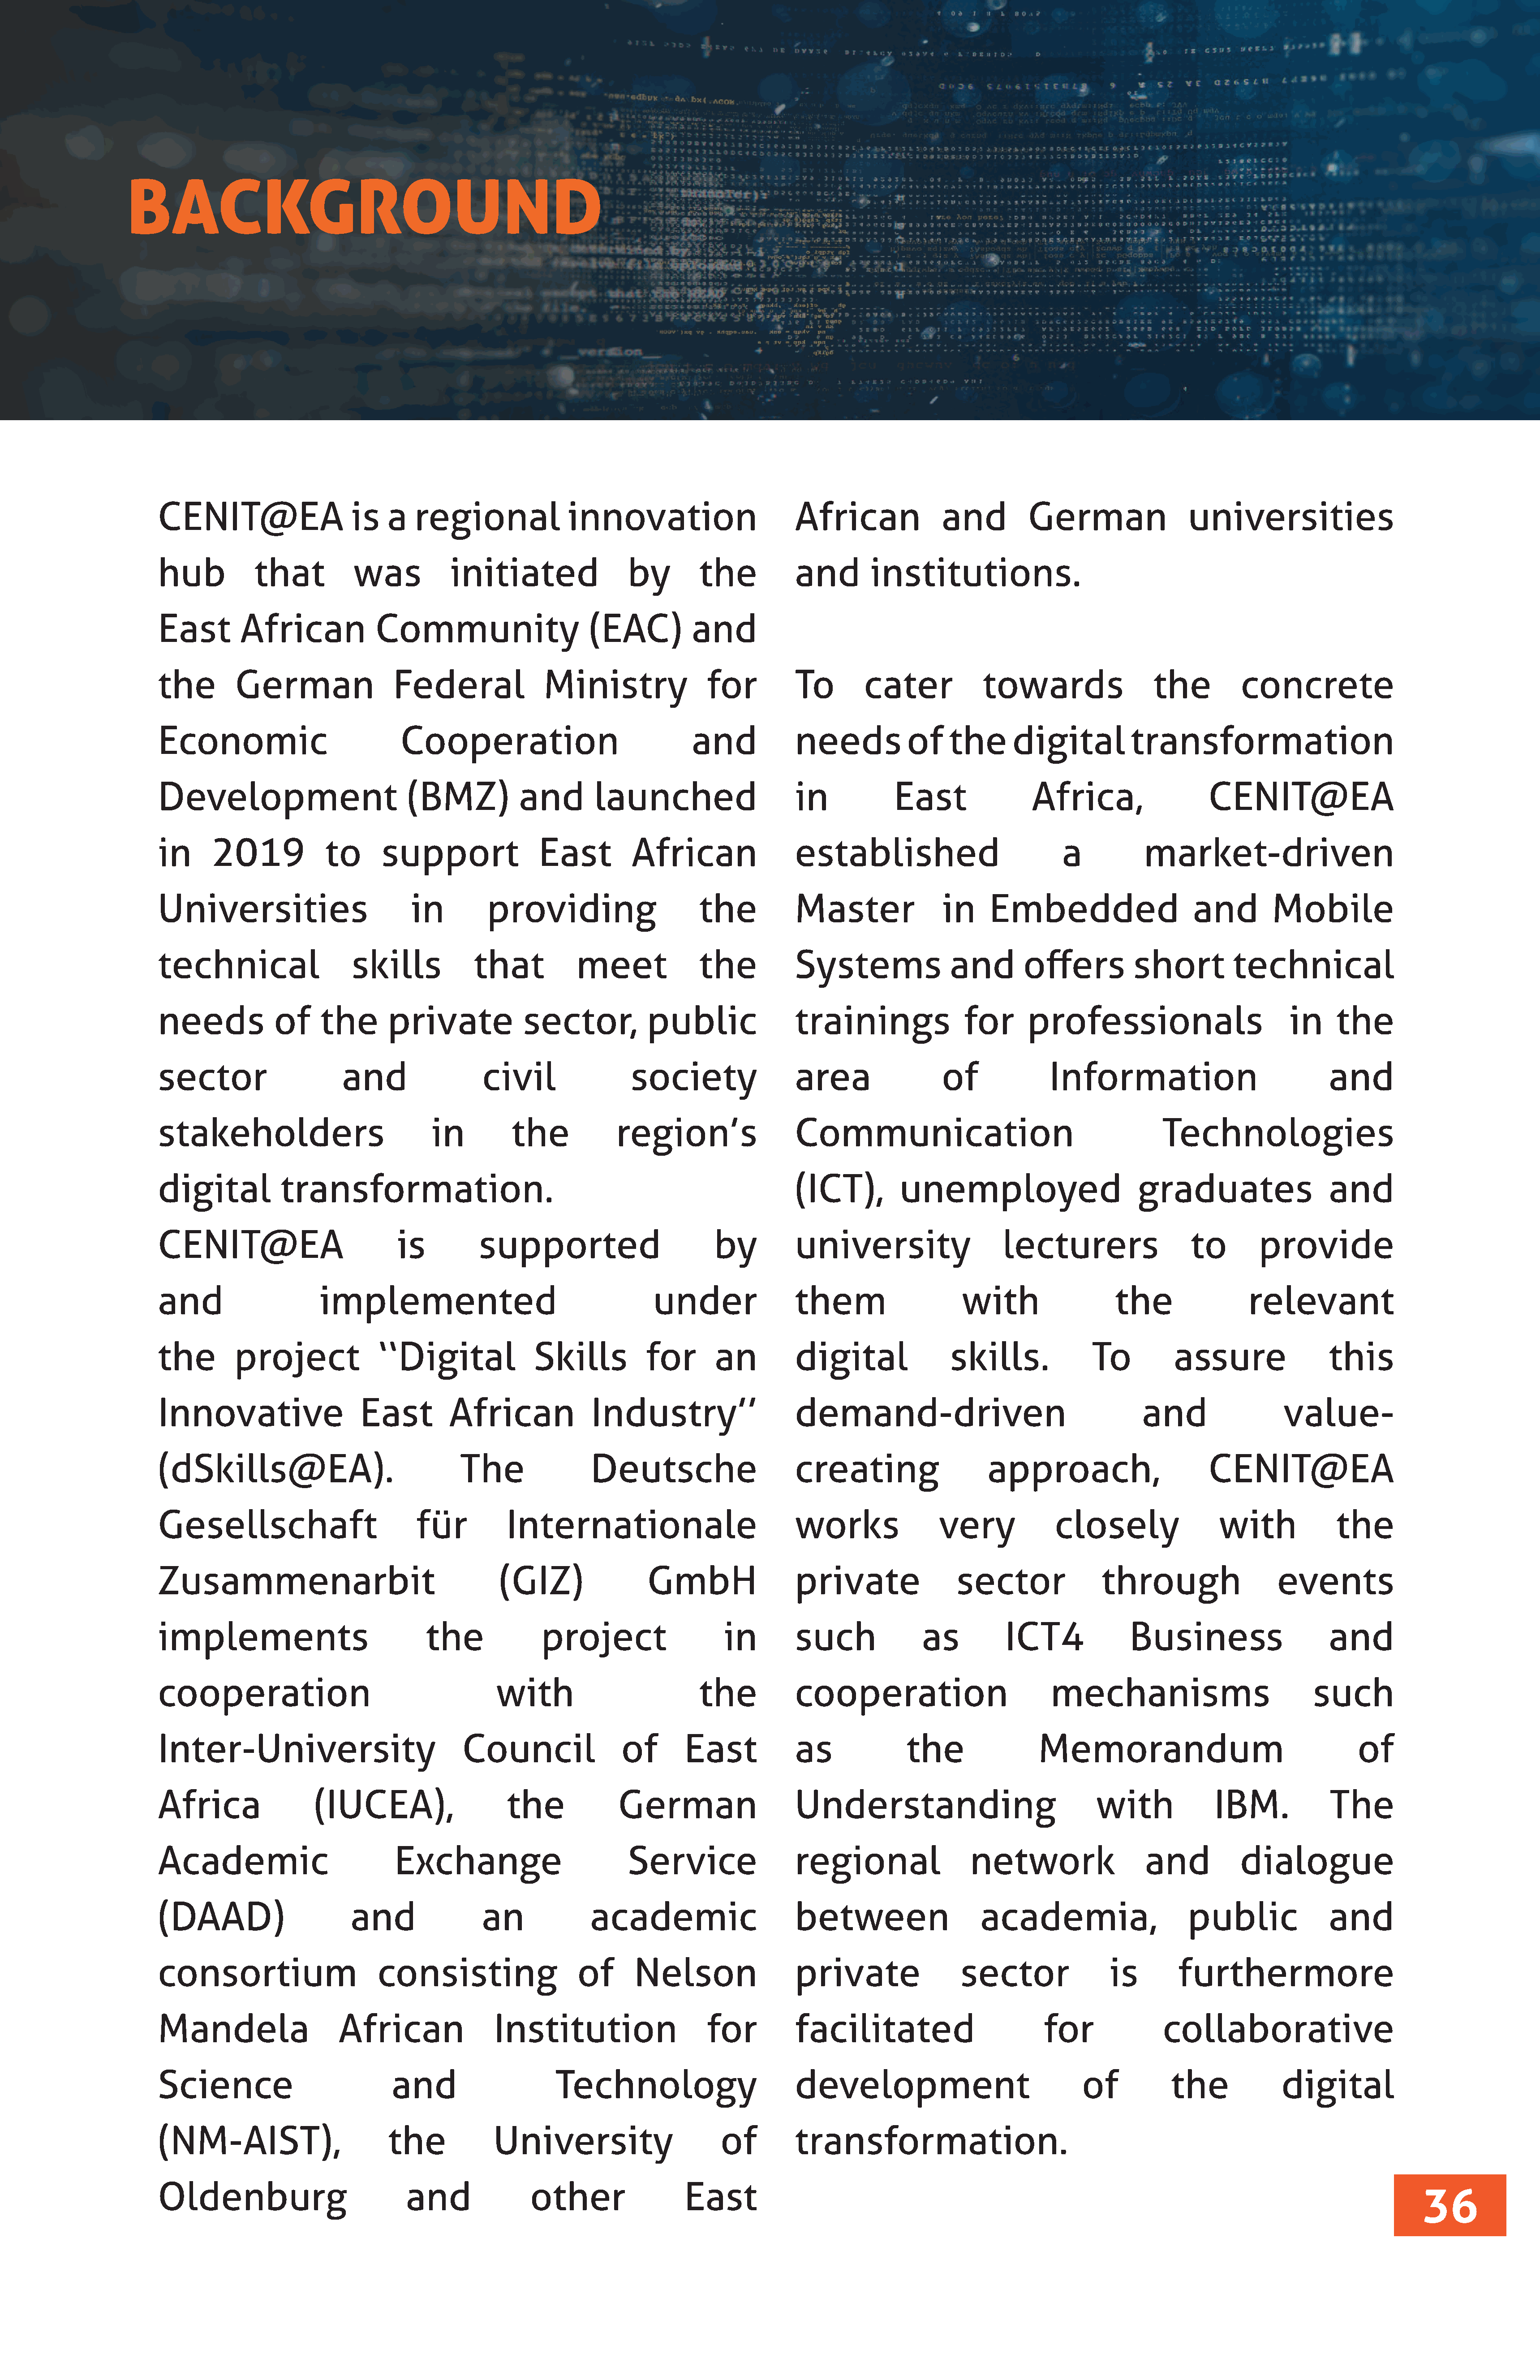
BACKGROUND
 CENIT@EA                     is   a   regional               innovation                       African               and          German                  universities
 hub            that          was           initiated                  by        the           and         institutions.
 East        African             Community                       (EAC)          and
 the         German                 Federal               Ministry                for          To         cater            towards                  the          concrete
 Economic                            Cooperation                                and            needs            of    the       digital          transformation
 Development                          (BMZ)            and        launched                     in             East                Africa,                    CENIT@EA
 in      2019             to      support                 East         African                 established                             a           market-driven
 Universities                          in         providing                      the           Master                in     Embedded                      and         Mobile
 technical                    skills            that           meet              the           Systems                and        offers          short          technical
 needs            of     the       private             sector,            public               trainings                for       professionals                         in     the
 sector                      and                 civil                 society                 area                  of              Information                              and
 stakeholders                             in          the            region’s                  Communication                                          Technologies
 digital           transformation.                                                             (ICT),          unemployed                         graduates                   and
 CENIT@EA                            is          supported                          by         university                     lecturers                   to        provide
 and                     implemented                                      under                them                     with                   the                relevant
 the         project              ‘‘Digital              Skills          for        an         digital                skills.              To          assure                 this
 Innovative                    East         African              Industry’’                    demand-driven                                       and                  value-
 (dSkills@EA).                                The                Deutsche                      creating                     approach,                        CENIT@EA
 Gesellschaft                          für           Internationale                            works                 very             closely                 with             the
 Zusammenarbit                                      (GIZ)                 GmbH                 private                 sector                through                   events
 implements                              the              project                    in        such               as           ICT4              Business                     and
 cooperation                                       with                          the           cooperation                           mechanisms                             such
 Inter-University                             Council                 of       East            as               the                Memorandum                                      of
 Africa                 (IUCEA),                     the             German                    Understanding                                with             IBM.             The
 Academic                           Exchange                           Service                 regional                  network                   and           dialogue
 (DAAD)                       and                an              academic                      between                     academia,                      public              and
 consortium                       consisting                   of       Nelson                 private                  sector                is        furthermore
 Mandela                    African                Institution                    for          facilitated                          for               collaborative
 Science                            and                     Technology                         development                                of           the             digital
 (NM-AIST),                        the             University                       of         transformation.
 Oldenburg                            and               other                  East
 36